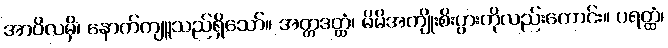
အာဝိလမှိ၊ နောက်ကျူသည်ရှိသော်။ အတ္တဒတ္ထံ၊ မိမိအကျိုးစိးပွားကိုလည်းကောင်း။ ပရတ္ထံ၊